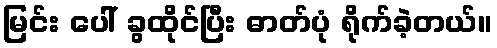
မြင်း ပေါ် ခွထိုင်ပြီး ဓာတ်ပုံ ရိုက်ခဲ့တယ်။